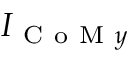
I _ { \mathrm { ~ C ~ o ~ M ~ } y }